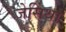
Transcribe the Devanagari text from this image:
जेसिंथा